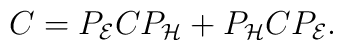
C=P_{\cal E}CP_{\cal H}+P_{\cal H}CP_{\cal E}.